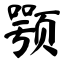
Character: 颚